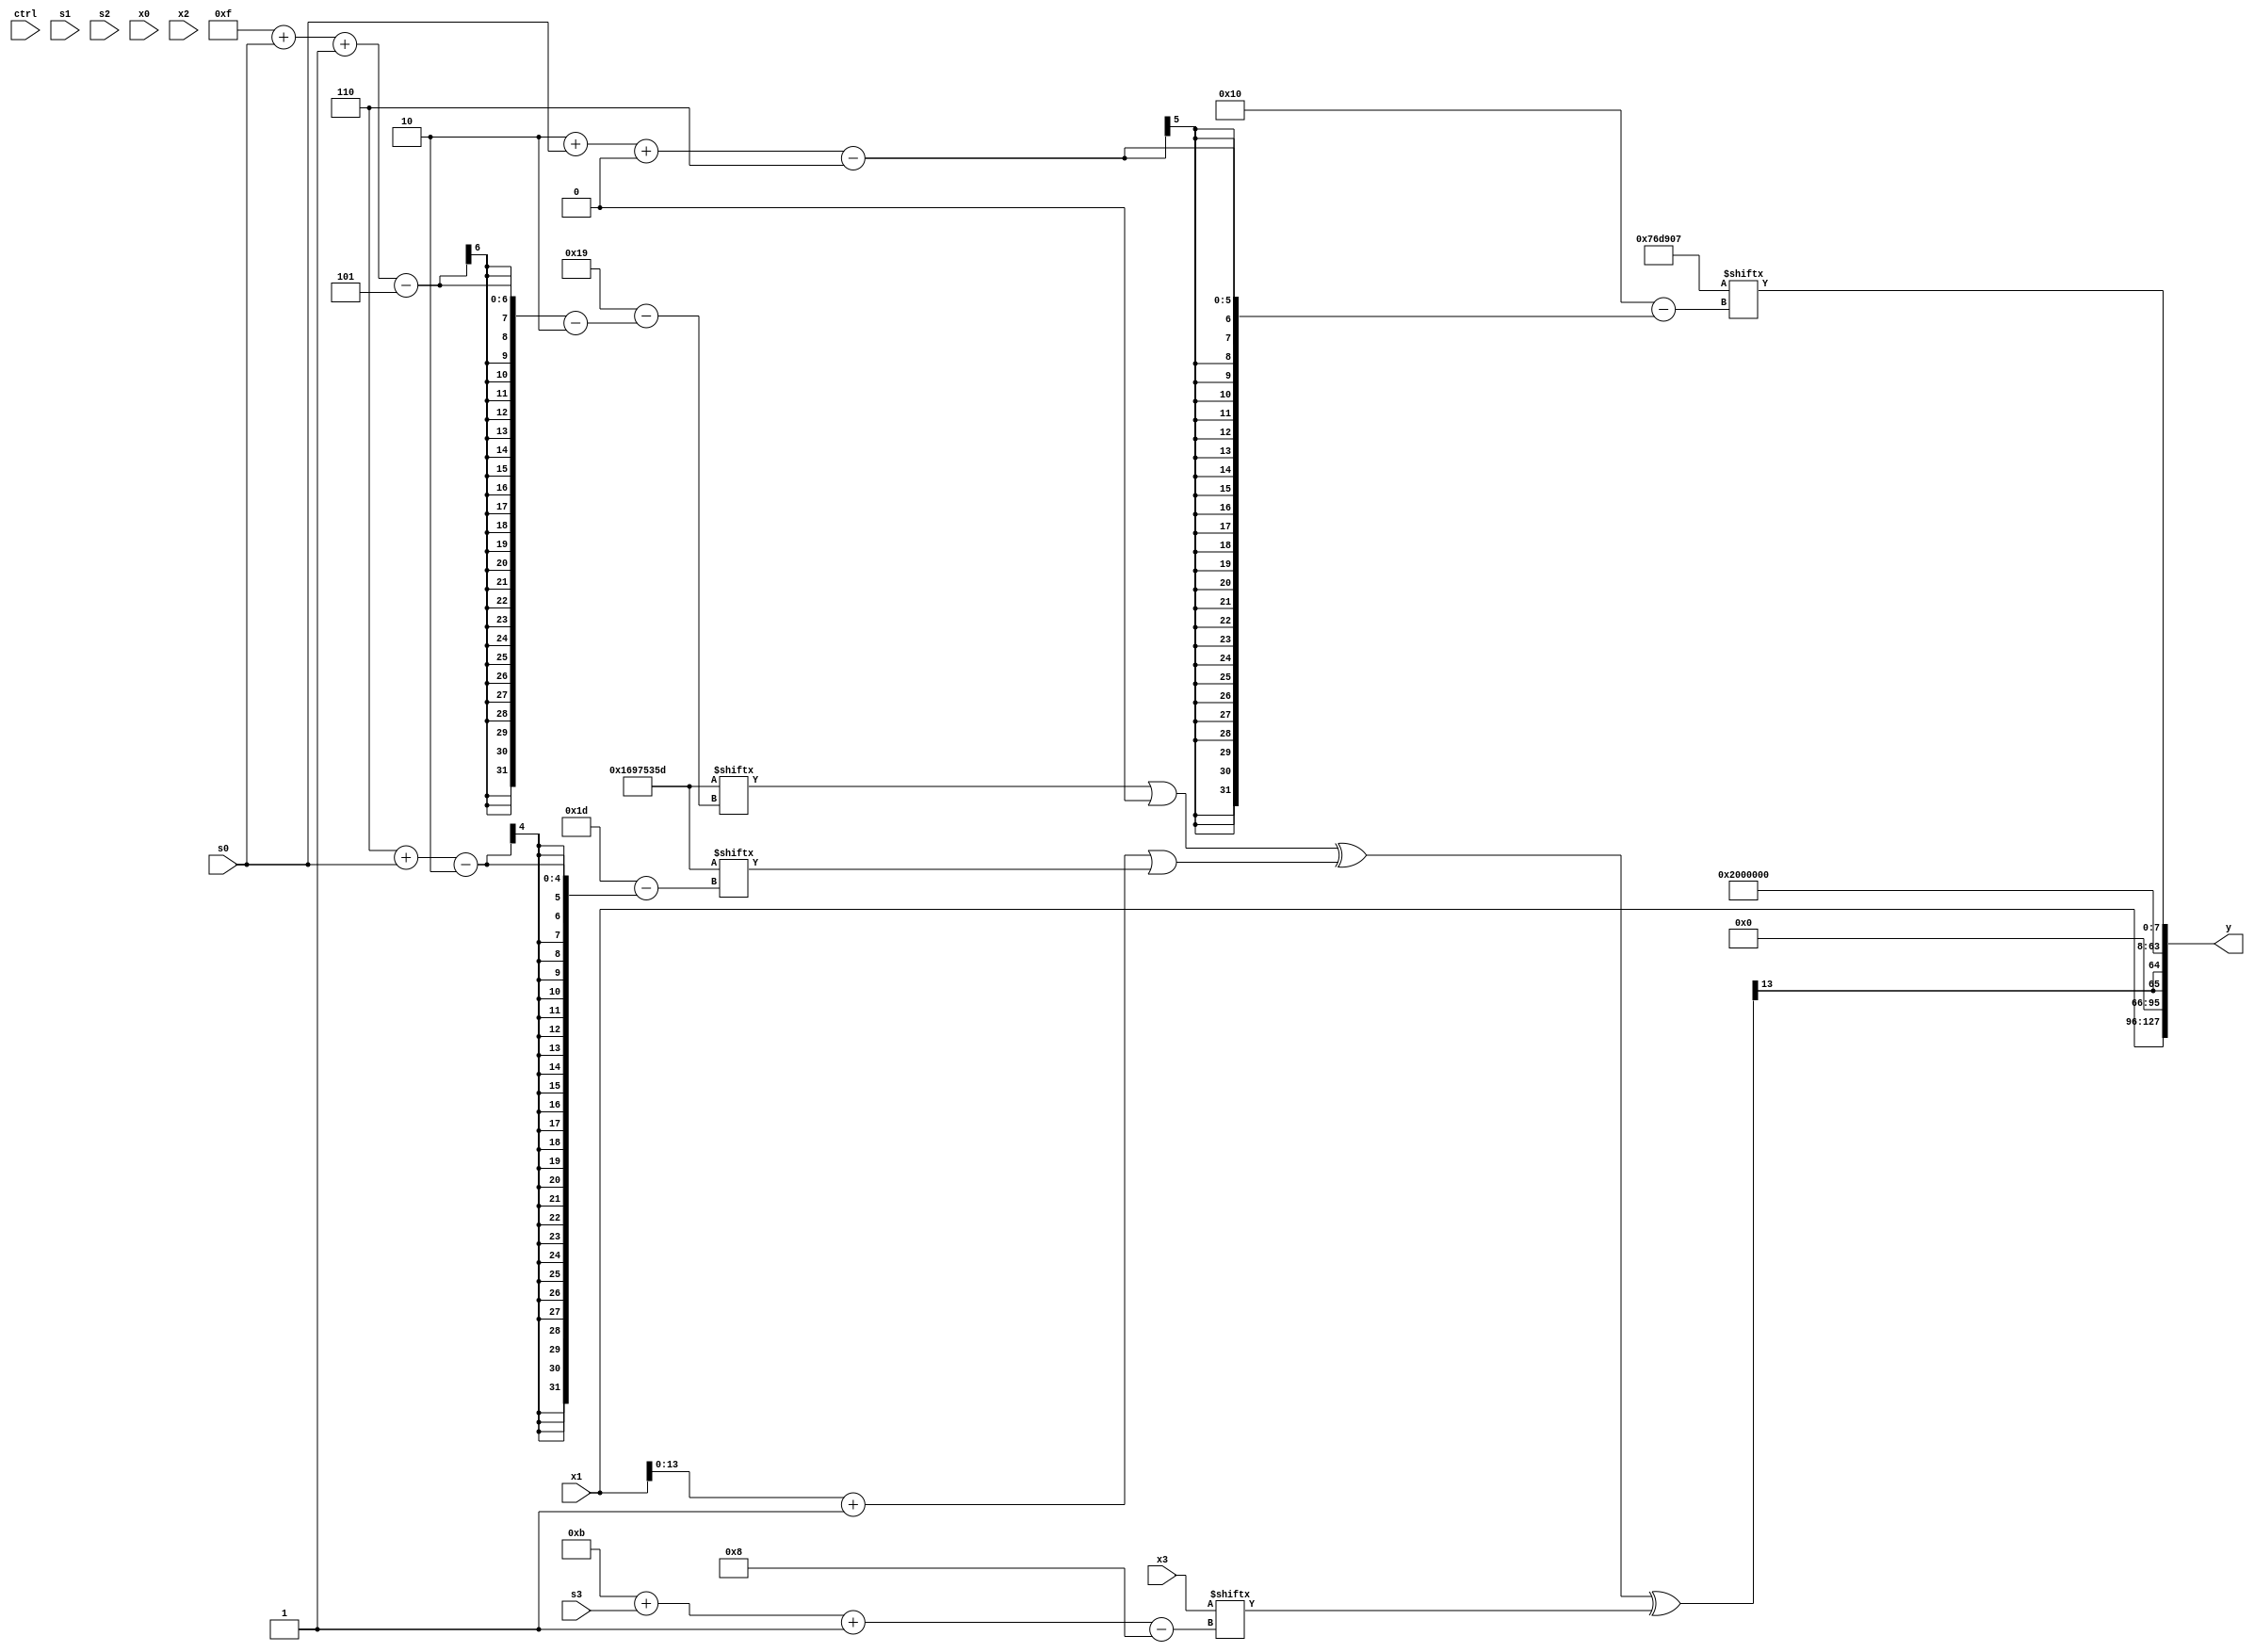
module partsel_00041(ctrl, s0, s1, s2, s3, x0, x1, x2, x3, y);
  input [3:0] ctrl;
  input [2:0] s0;
  input [2:0] s1;
  input [2:0] s2;
  input [2:0] s3;
  input signed [31:0] x0;
  input [31:0] x1;
  input [31:0] x2;
  input signed [31:0] x3;
  wire signed [29:5] x4;
  wire signed [3:25] x5;
  wire signed [28:3] x6;
  wire [27:6] x7;
  wire [0:24] x8;
  wire signed [7:24] x9;
  wire [27:4] x10;
  wire [5:24] x11;
  wire signed [3:27] x12;
  wire [31:4] x13;
  wire [0:25] x14;
  wire [3:24] x15;
  output [127:0] y;
  wire [31:0] y0;
  wire [31:0] y1;
  wire [31:0] y2;
  wire signed [31:0] y3;
  assign y = {y0,y1,y2,y3};
  localparam signed [2:31] p0 = 379016029;
  localparam signed [6:29] p1 = 695654663;
  localparam signed [29:5] p2 = 283966919;
  localparam [31:5] p3 = 217099394;
  assign x4 = {{2{((p2 + (p1[9] ^ x2)) + p0[16 + s3])}}, (x2[20 + s1 -: 6] | {p3, {{((p1[19 + s3] & x2[9 + s0 -: 6]) - p2[7 + s0]), x0}, (p3[18] & (x0[11 +: 4] & x1[10]))}})};
  assign x5 = {p0[20 + s2 -: 1], (!ctrl[3] || !ctrl[2] || ctrl[0] ? (ctrl[2] || !ctrl[0] || ctrl[3] ? p0[8] : ({p2[14 -: 3], p2[12]} | p2[12 -: 3])) : ({2{p2}} & (x3[10 + s3] | x2[10 +: 1])))};
  assign x6 = p2[19 -: 4];
  assign x7 = ({p1[28 + s3 -: 4], x3[14 + s2]} ^ x0[14 + s2]);
  assign x8 = {2{(({x3[23 -: 2], x3[14 + s1 -: 4]} - (((x3[13 -: 3] & x2[19 + s3 +: 5]) - x6[19 + s1 -: 4]) ^ {x4[16 -: 4], p0[15 +: 2]})) & {2{((ctrl[0] && ctrl[0] && ctrl[3] ? x7[8] : (x1[13 +: 2] | x1[12 + s3])) - x6[12 +: 4])}})}};
  assign x9 = p2[3 + s3 +: 1];
  assign x10 = p1[8 +: 3];
  assign x11 = ({(ctrl[0] || !ctrl[1] && ctrl[3] ? p2[15 + s2] : (p1[10 + s3 -: 3] | p3[3 + s1 +: 8])), x5[6 + s0 -: 4]} - p2);
  assign x12 = x8[18];
  assign x13 = {(p1[15 + s1 +: 4] & (x9[6 + s2] ^ x10[6 + s2 +: 8])), ({2{((p0[15 + s0 -: 5] | x9[16]) ^ ((x1 + p0[15 +: 1]) | p0[6 + s0]))}} ^ x3[11 + s3 -: 8])};
  assign x14 = (p1 - (ctrl[0] || !ctrl[2] || ctrl[2] ? (x7[21 -: 2] + (x10[18 +: 3] + (x5[11 +: 1] + ((x2[1 + s2 -: 2] ^ p1[19 +: 1]) | (p2[16] & x11[18 +: 4]))))) : x11[20 -: 1]));
  assign x15 = x9[21 + s0 +: 3];
  assign y0 = x1;
  assign y1 = {2{x13[17]}};
  assign y2 = p2[23 -: 2];
  assign y3 = p1[2 + s0 +: 8];
endmodule